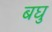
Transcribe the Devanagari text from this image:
बघु